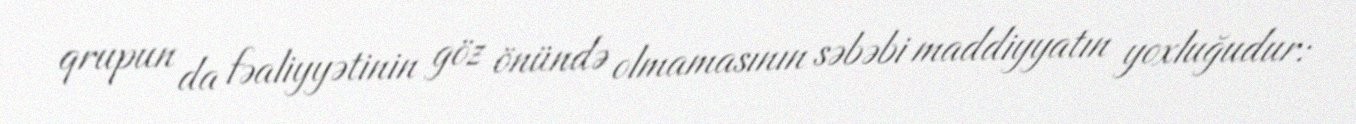
qrupun da fəaliyyətinin göz önündə olmamasının səbəbi maddiyyatın yoxluğudur: